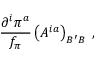
{ \frac { { \partial ^ { i } } \pi ^ { a } } { f _ { \pi } } } \left( A ^ { i a } \right) _ { B ^ { \prime } B } \ ,